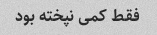
فقط کمی نپخته بود